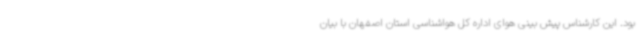
بود. این کارشناس پیش بینی هوای اداره کل هواشناسی استان اصفهان با بیان